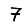
Digit: 7